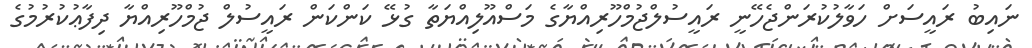
ނައިބު ރައީސަށް ހަވާލުކުރަންޖެހޭނީ ރައީސުލްޖުމްހޫރިއްޔާގެ މަސްއޫލިއްޔަތާ ގުޅޭ ކަންކަން ރައީސުލް ޖުމްހޫރިއްޔާ ދިފާޢުކުރުމުގެ